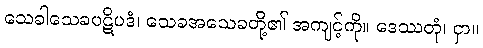
သေခါသေခပဋိပဒံ၊ သေခအသေခတို့၏ အကျင့်ကို။ ဒေဿတုံ၊ ငှာ။